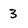
Character: 3